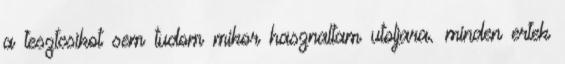
a tesztcsikot sem tudom mikor hasznaltam utoljara. minden ertek